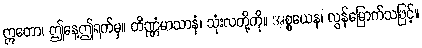
ဣတော၊ ဤနေ့ဤရက်မှ။ တိဏ္ဏံမာသာနံ၊ သုံးလတို့ကို။ အစ္စယေန၊ လွန်မြောက်သဖြင့်။